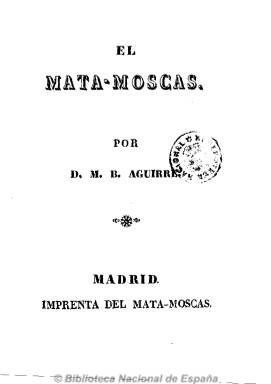
Título: El Mata-moscas (Madrid)
Otros títulos: El Mata moscas || El Matamoscas || El Mata moscas
Colección: Periódicos anteriores a 1850
Ámbito geográfico: Madrid
Lugar de publicación: Madrid
Fechas: 03/02/1837-25/08/1837

También en la bibliografía de referencia como El Matamoscas, es un periódico político y también satírico, que comienza a publicarse el 21 de agosto de 1836, una semana después del Motín de La Granja, tras el que doña María Cristina, la Reina Gobernadora, se ve obligada a restaurar la Constitución de 1812, y de la asunción del gobierno por los progresistas. Siendo una cabecera olvidada de la historia del periodismo español, Alberto Gil Novales lo hace notar así en su trabajo Prensa satírica de la época de Larra: El Matamoscas, de 1983, periódico al que tilda de tener “voluntad popular y revolucionaria”, enemigo de Juan Álvarez Mendizábal (1790-1853), “lo cual no quiere decir amigo de sus enemigos”, que en ese momento ocupaba la cartera de Hacienda.

Su adscripción es liberal y, por tanto, anticarlista, pero también antirrepublicana, y se le ha añadido lo de anticlerical. Su editor responsable, al que se le apunta su autoría como redactor, es el soriano Manuel Benito Aguirre, del que poco se sabe, excepto que es autor de obras dedicadas a la enseñanza, firmó con el seudónimo El Militar Ingenuo en el Boletín Oficial de la Milicia Nacional (1839) y fue candidato a diputado a Cortes en 1842.

Aunque su intención era publicar tres números por semana, su frecuencia de aparición es irregular y la indicación de su secuencia compleja, con indicación de número, cuaderno y entrega. Estas lo son de 16 páginas, compuestas a una columna. A partir del número 24 inserta una lámina litografiada fuera de texto de carácter “fuertemente satírico”, por lo que se le incluye también entre las publicaciones ilustradas. Se estampó, primero en Ferrer y Compañía, después en imprenta propia y, por último en la Imprenta de El Nacional, periódico progresista como el propio El Mata-moscas.

Se autodefine asimismo como “obra satírica análoga a las circunstancias”, y sus textos, en los que no faltan los versificados, tratan sobre los acontecimientos políticos del periodo en que el  liberalismo español se bifurcará entre el moderantismo o conservadurismo y el progresismo y la democracia. Sus artículos relatarán también la historia de las disputas políticas hasta ese momento, y Gil Novales resalta incluso que su redactor reprochara como actitud antirrevolucionaria el suicidio de Mariano José de Larra (1809-1837).

Su colección la forman cuatro tomos en 8º, y la de la Biblioteca Nacional de España comienza en el número 37, de tres de febrero de 1837, y acaba en el 96, de 25 de octubre de ese año. Quizá su inestabilidad económica da lugar a que los días 24 de abril, 11 y 30 de mayo, incluyera en estas entregas hasta seis números, con un total de 98 páginas cada una. Publicó hasta el número 108, de 10 de octubre de 1837.